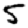
Digit: 5